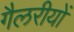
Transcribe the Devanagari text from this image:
गैलरीयों